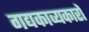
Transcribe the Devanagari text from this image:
गद्यकाव्यकारों